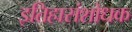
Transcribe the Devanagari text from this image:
इतिहासंशोधक